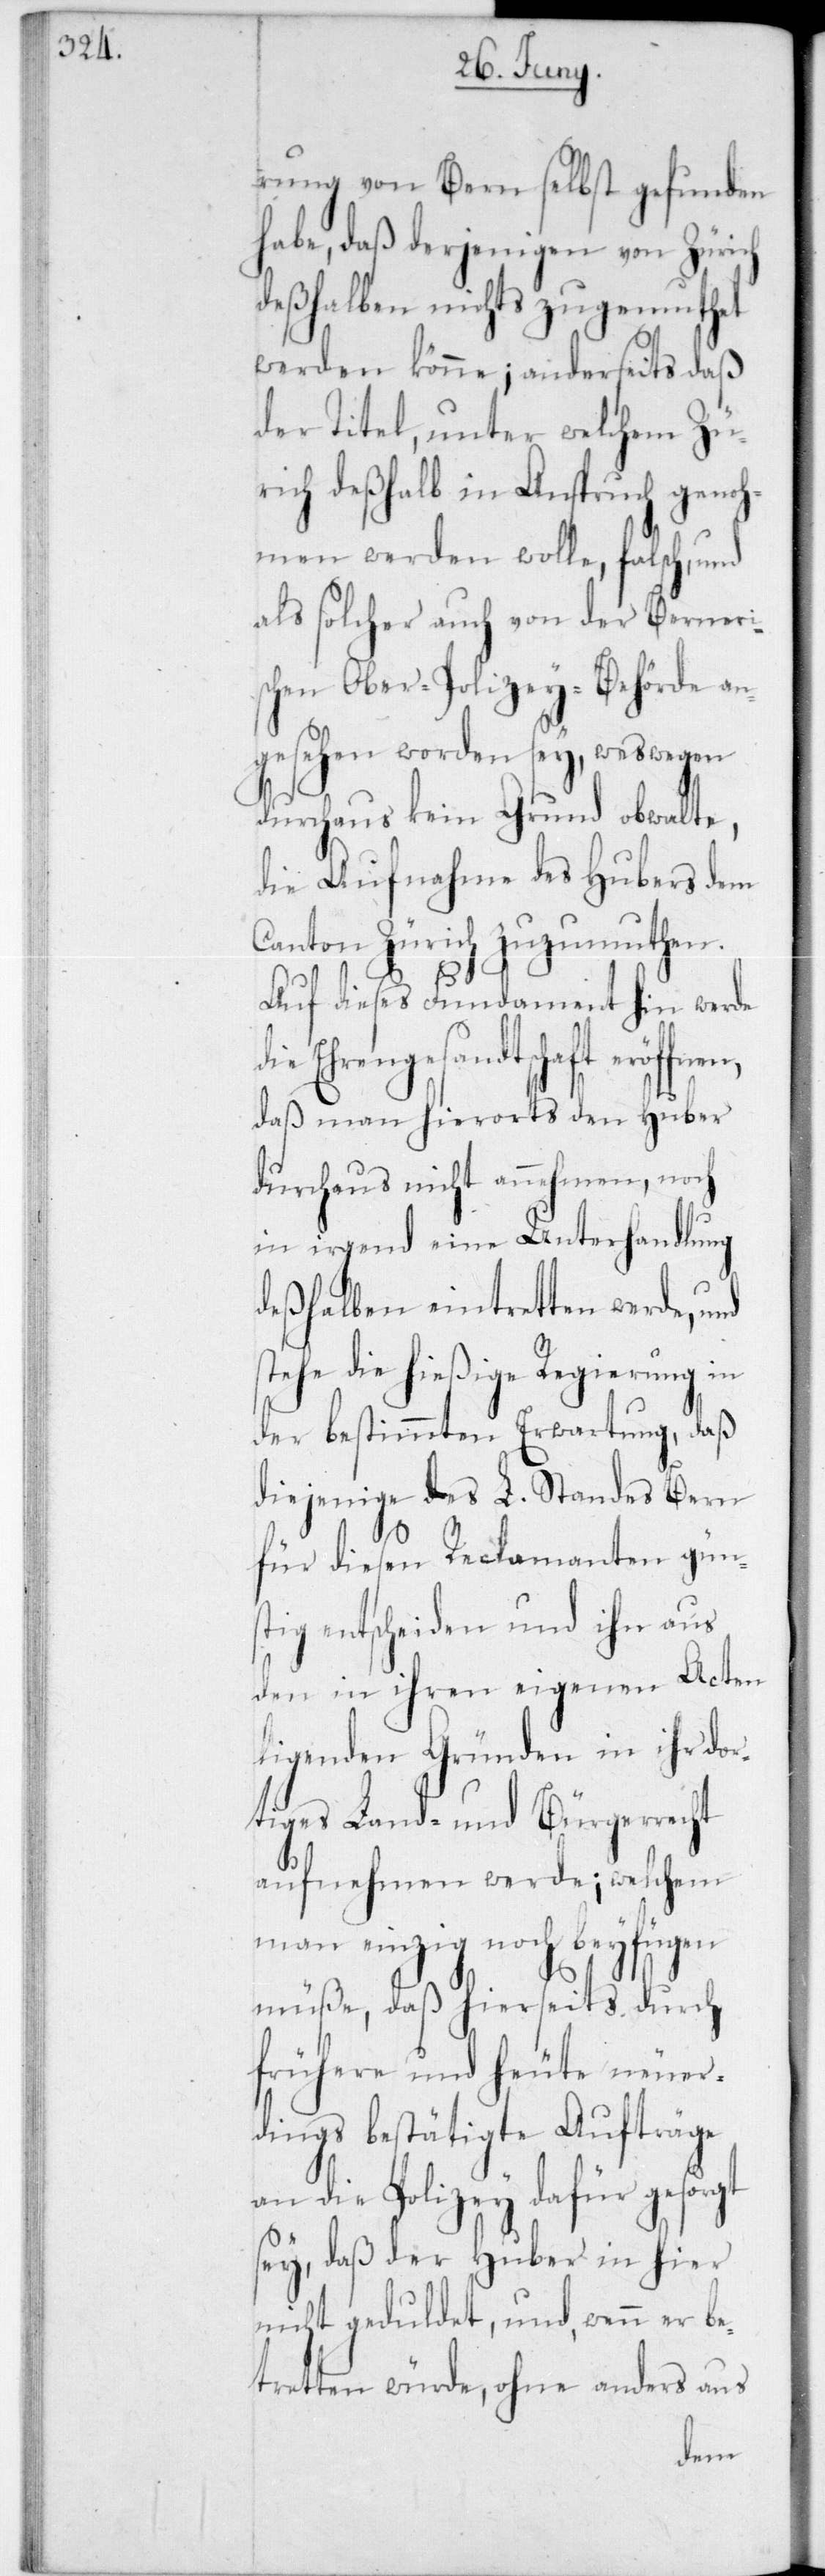
rung von Bern selbst gefunden
habe, daß derjenigen von Zürich
deßhalben nichts zugemuthet
werden könne; anderseits daß
der Titel, unter welchem Zü¬
rich deßhalb in Anspruch genoh¬
men werden wolle, falsch,
als solcher auch von der Berneris¬
chen Ober-Polizey-Behörde an¬
gesehen worden sey, weswegen
durchaus kein Grund obwalte,
die Aufnahme des Hubers dem
Canton Zürich zuzumuthen.
Auf dieses Fundament hin werde
Ehrengesandtschaft eröff¬
daß man hierorts den Huber
durchaus nicht annehmen, noch
in irgend eine Unterhandlung
deßhalben eintretten werde, und
stehe die hießige Regierung in
der bestimmten Erwartung, daß
diejenige des L. Standes Bern
für diesen Reclamanten gün¬
stig entscheiden und ihn aus
den in ihren eigenen Acten
liegenden Gründen in ihr dor¬
tiges Land- und Bürgerrecht
aufnehmen werde; welchem
man einzig noch beyfügen
müße, daß hierseits durch
frühere und heute neuer¬
dings bestätigte Aufträge
an die Polizey dafür gesorgt
sey, daß der Huber in hier
nicht geduldet, und, wenn er be¬
tretten würde, ohne anders aus
nen,